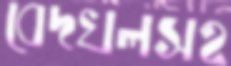
বেদখলসহ